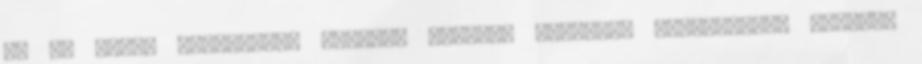
és az M7-es autópályán elakadt autósok ellátása jelentette, továbbá